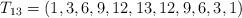
LaTeX: \begin{align*}T_{13}=(1,3,6,9,12,13,12,9,6,3,1)\end{align*}